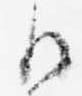
御